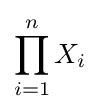
\prod _{i=1}^{n}X_{i}